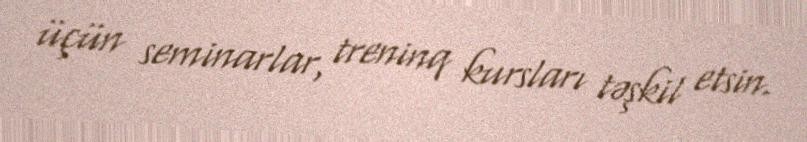
üçün seminarlar, treninq kursları təşkil etsin.